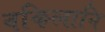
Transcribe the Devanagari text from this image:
वकिलानि